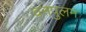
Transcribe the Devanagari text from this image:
वनपुलम